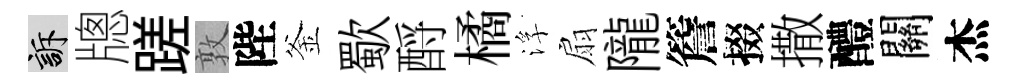
訴牕蹉敦陛釜歜酹橘浮扇隴簷掇撒醴關杰